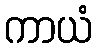
ကာယံ